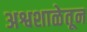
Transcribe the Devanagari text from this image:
अश्वशाळेतून